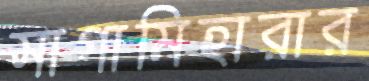
সাগামিহারার